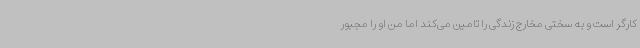
کارگر است و به سختی مخارج زندگی را تامین می‌کند اما من او را مجبور